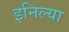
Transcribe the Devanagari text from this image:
इनिल्या